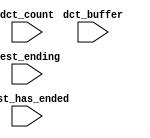
module NIOS_SYSTEMV3_NIOS_CPU_oci_test_bench (
                                               // inputs:
                                                dct_buffer,
                                                dct_count,
                                                test_ending,
                                                test_has_ended
                                             )
;

  input   [ 29: 0] dct_buffer;
  input   [  3: 0] dct_count;
  input            test_ending;
  input            test_has_ended;


endmodule